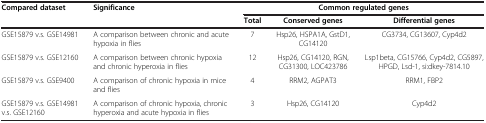
<table><thead><tr><td rowspan="2"><b>Compared dataset</b></td><td rowspan="2"><b>Significance</b></td><td colspan="3"><b>Common regulated genes</b></td></tr><tr><td><b>Total</b></td><td><b>Conserved genes</b></td><td><b>Differential genes</b></td></tr></thead><tbody><tr><td>GSE15879 v.s. GSE14981</td><td>A comparison between chronic and acute hypoxia in flies</td><td>7</td><td>Hsp26, HSPA1A, GstD1, CG14120</td><td>CG3734, CG13607, Cyp4d2</td></tr><tr><td>GSE15879 v.s. GSE12160</td><td>A comparison between chronic hypoxia and chronic hyperoxia in flies</td><td>12</td><td>Hsp26, CG14120, RGN, CG31300, LOC423786</td><td>Lsp1beta, CG15766, Cyp4d2, CG5897, HPGD, Lsd-1, si:dkey-7814.10</td></tr><tr><td>GSE15879 v.s. GSE9400</td><td>A comparison of chronic hypoxia in mice and flies</td><td>4</td><td>RRM2, AGPAT3</td><td>RRM1, FBP2</td></tr><tr><td>GSE15879 v.s. GSE14981 v.s. GSE12160</td><td>A comparison of chronic hypoxia, chronic hyperoxia and acute hypoxia in flies</td><td>3</td><td>Hsp26, CG14120</td><td>Cyp4d2</td></tr></tbody></table>